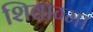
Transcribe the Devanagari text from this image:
शिवाग्मा